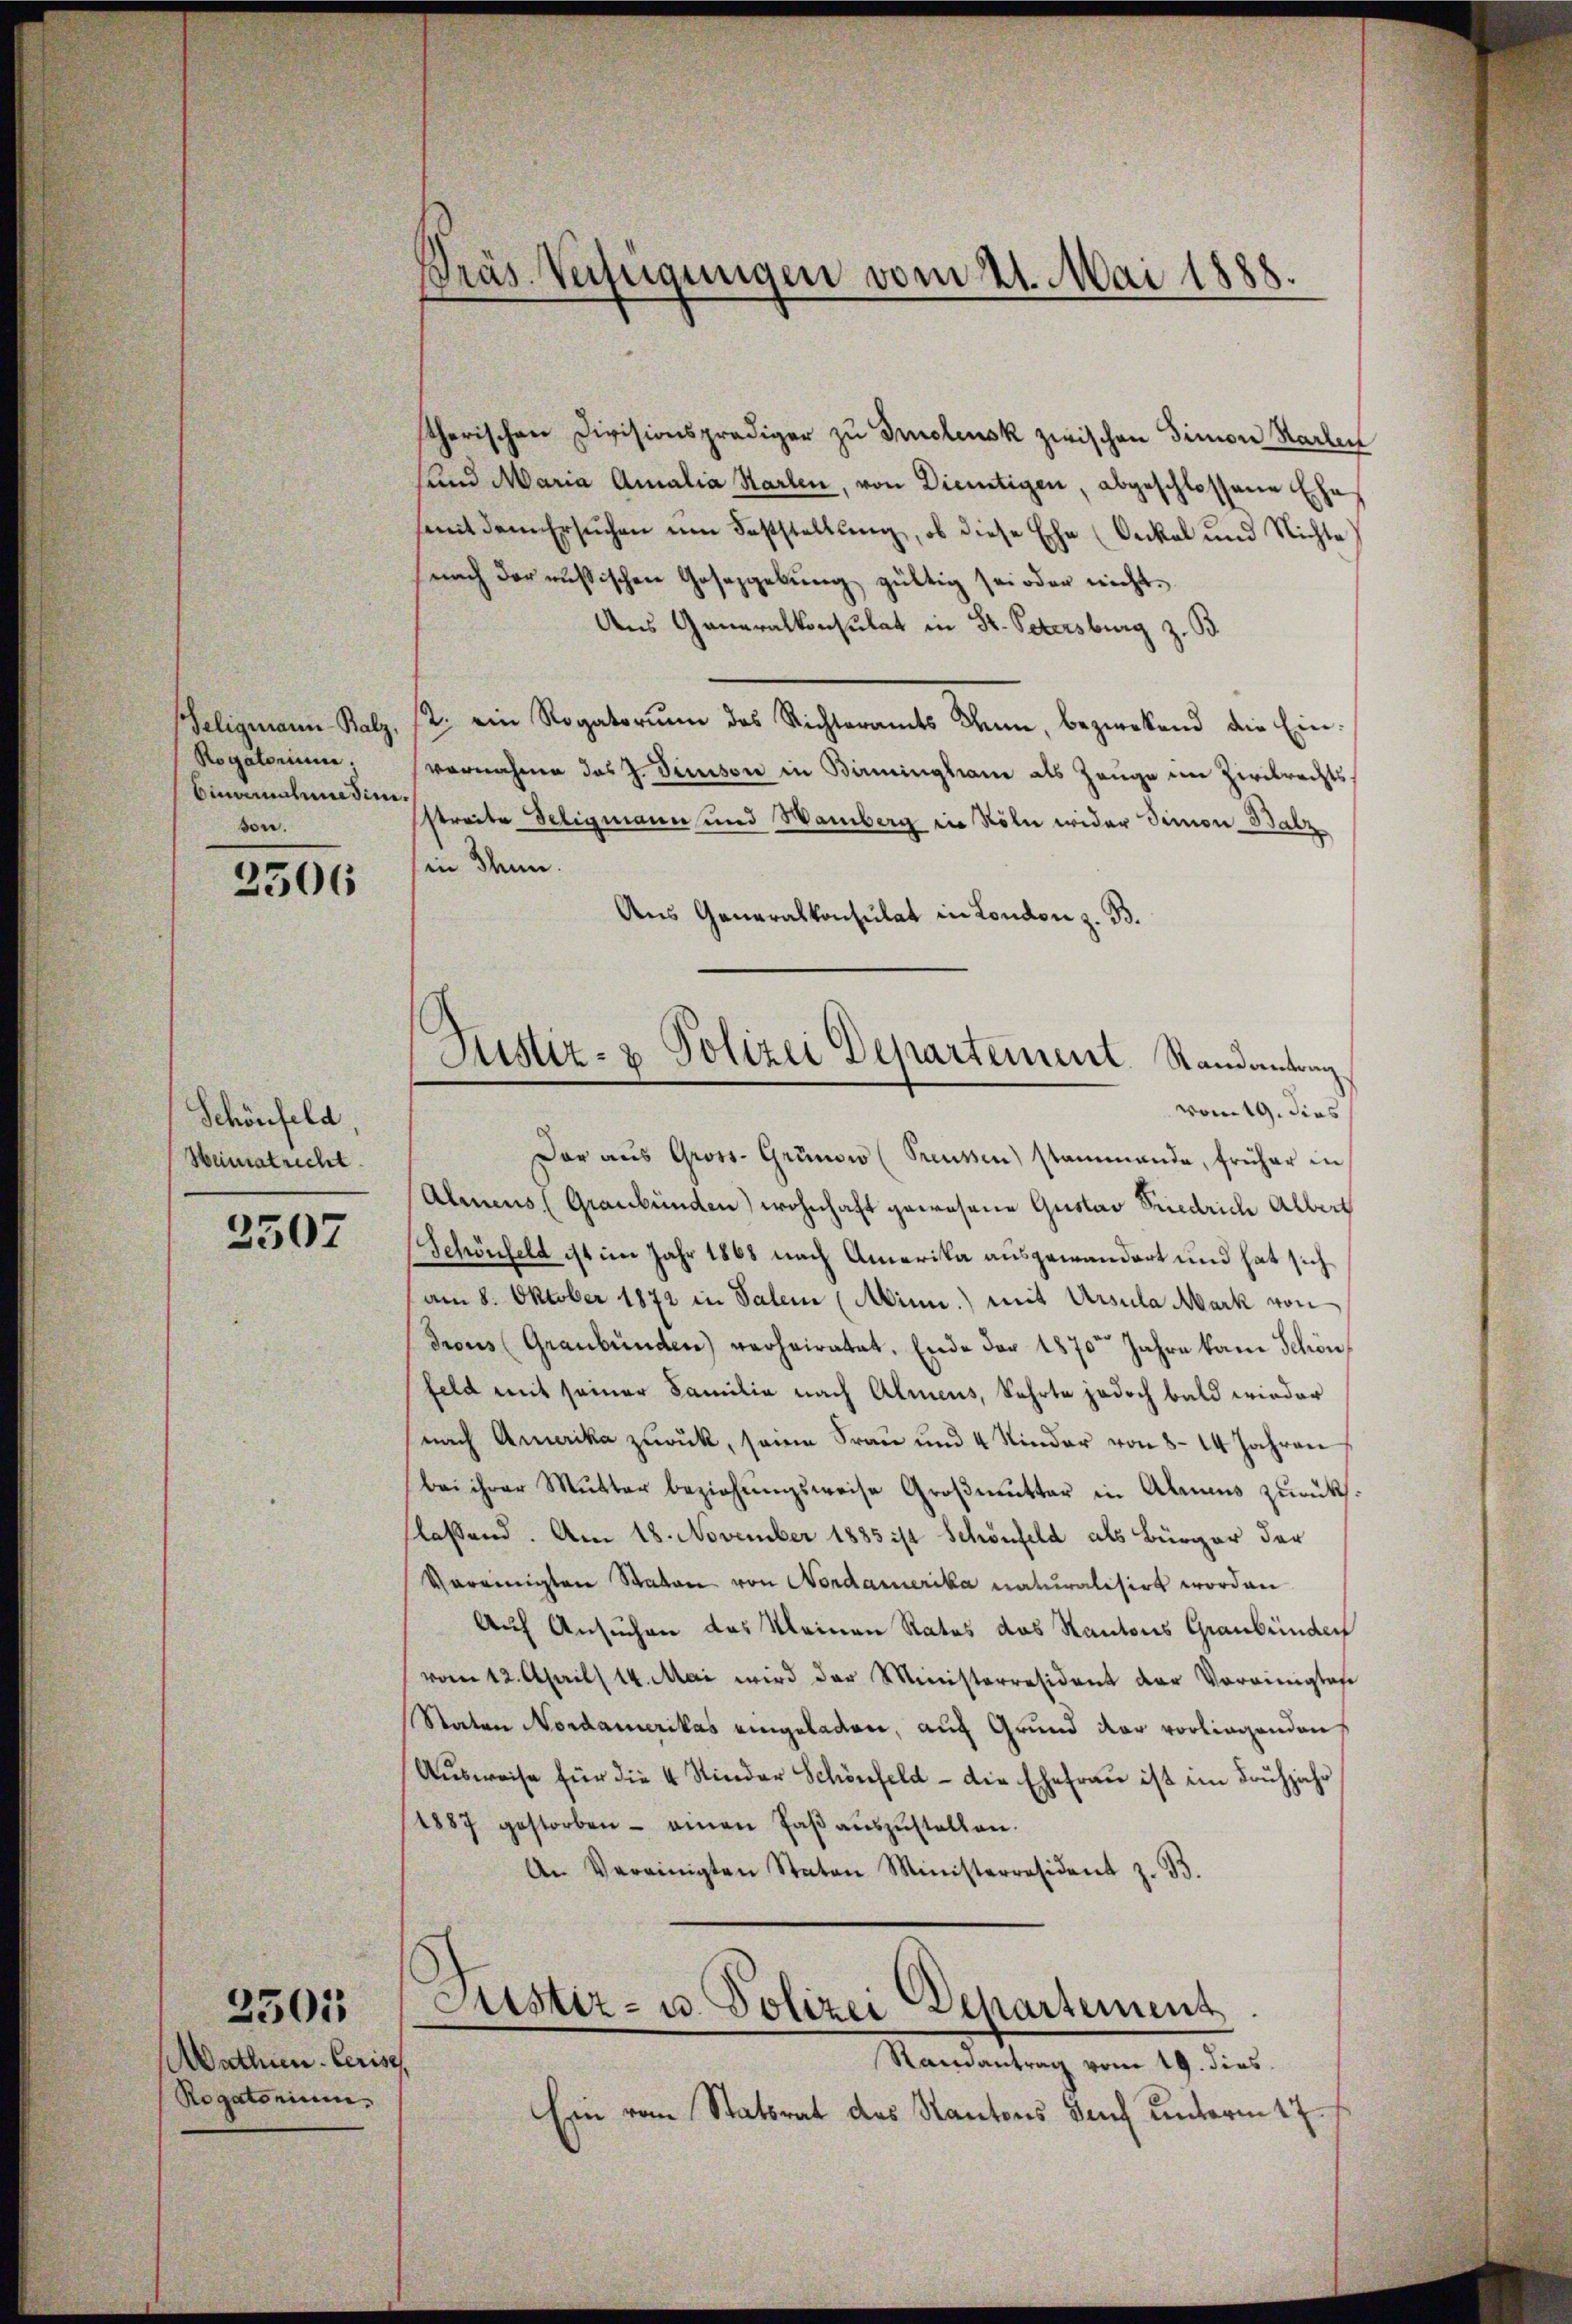
Seligmann-Balz,
Rogatorium.
binomaladimi.
son.

2506

Schönfeld
Heimatricht

2507

Mathien Cerisch
Rogatorium.

2505

Pras. Verfügungen vom 21. Mai 1888.

Justiz- & Polizei Departement. Randantrag.

stherischen Divisionspradiger zu Dolensk zwischen Simon Karten
sund Maria Amalia Starlen, von Dietigen, abgeschlossene Ehe
mit dem Ersuchen um Feststellung, ob diese Ehe (Oeckel und Nichte
nach der aussischen Gesetzgebung gültig sei oder nicht.
Aus Generalkonsulat in St. Petersburg z. B
2. ein Rogatoriŭm des Richteramts Mann, bezwekend die Einvernahme das J. Simplon in Benningham als Zeuge im Zivilrechtsstreite Seligmann und Wamberg in Köln wider Simon Balz
in Thun.
Aus Generalkonsulat in London z. B.
vom 19. dies
Dar aŭs Gross-Gründe (Preussen stammende, früher in
Almens (Graubünden) wohnhaft gewesene Gustav Friedrich Albert
Schönfeld ist im Jahr 1868 nach Amerika ausgewandert und hat sich
am 8. Oktober 1872 in Salem (Minn.) mit Ursula Mark von
drous (Graubünden) verheiratet. Ende der 1870 Jahre kam Schön,
feld mit seiner Familie nach Almens, kehrte jedoch bald wieder
nach Amerika zurück, seine Frau und 4 Kinder von 8 - 14 Jahren
bei ihrer Mutter beziehungsweise Großmutter in Almens zurücks.
flassend. Am 18. November 1885 ist Schönfeld als Bürger der
Vereinigten Staton von Nordamerika naturalisirt worden
Auf Ansuchen des Meinen Rates das Kantons Graubünden
vom 12. April 14. Mai wird der Ministerresident der Vereinigtes
Raten Nordamerikas eingeladen, auch Grund dar vorliegenden
Ausweise für die 4 Kinder Schönfeld - die Ehefrau ist im Frühjahr
4887 gestorben - einen Faβ aŭszŭstellen.
An Vereinigten Staten Ministerresident z. B.
Justiz- u. Polizei Departement
Randantrag vom 19. dies
Ein vom Statsrat des Kantons Senf unterm 17.